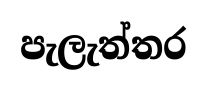
පැලැත්තර